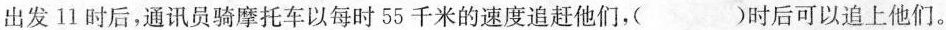
出发11时后，通讯员骑摩托车以每时55千米的速度追赶他们，( )时后可以追上他们。